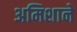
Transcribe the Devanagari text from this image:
अमिशाने